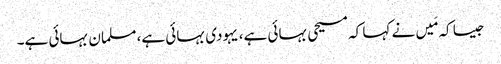
جیسا کہ مَیں نے کہا کہ مسیحی بہائی ہے، یہودی بہائی ہے، مسلمان بہائی ہے۔